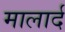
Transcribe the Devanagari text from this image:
मालार्द